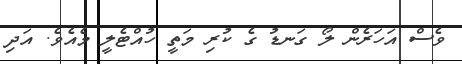
ވެސް އަހަރެން ލޯ ގަނޑު ގެ ކުރި މަތީ ހުއްޓެލީ މެއެވެ. އަދި